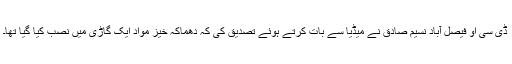
ڈی سی او فیصل آباد نسیم صادق نے میڈیا سے بات کرتے ہوئے تصدیق کی کہ دھماکہ خیز مواد ایک گاڑی میں نصب کیا گیا تھا۔